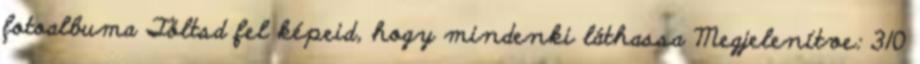
fotoalbuma Töltsd fel képeid, hogy mindenki láthassa Megjelenítve: 310